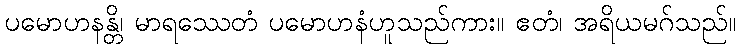
ပမောဟနန္တိ၊ မာရဿေတံ ပမောဟနံဟူသည်ကား။ ဧတံ၊ အရိယမဂ်သည်။